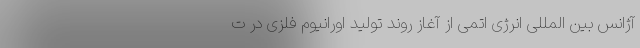
آژانس بین المللی انرژی اتمی از آغاز روند تولید اورانیوم فلزی در ت